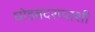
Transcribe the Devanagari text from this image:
घोडबंदरापाशी